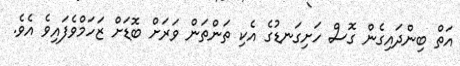
އަތް ބިންދައިގެން ގޮސް ހަށިގަނޑުގެ އެކި ތަންތަން ވަރަށް ބޮޑަށް ޒަހަމްވެފައިވެ އެވެ.